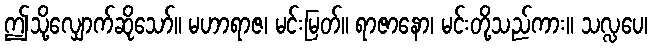
ဤသို့လျှောက်ဆိုသော်။ မဟာရာဇ၊ မင်းမြတ်။ ရာဇာနော၊ မင်းတို့သည်ကား။ သလ္လပေ၊